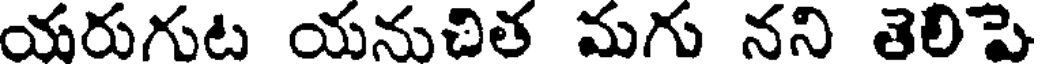
యరుగుట యనుచిత మగు నని తెలిపె